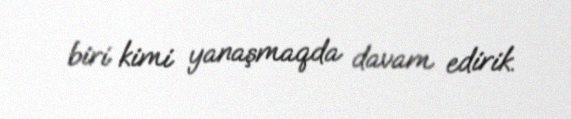
biri kimi yanaşmaqda davam edirik.